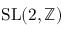
\mathrm { S L } ( 2 , \mathbb { Z } )